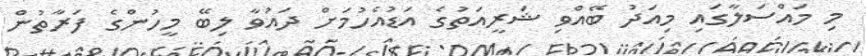
މި މައްސަަލާގައި މިއަދު ބޭއްވި ޝަރީއަތުގެ އަޑުއެހުމަށް ދައުވާ ލިބޭ މީހުންގެ ފަރާތުން